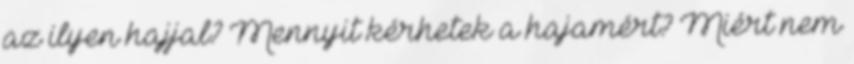
az ilyen hajjal? Mennyit kérhetek a hajamért? Miért nem